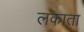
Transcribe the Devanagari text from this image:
लकाता